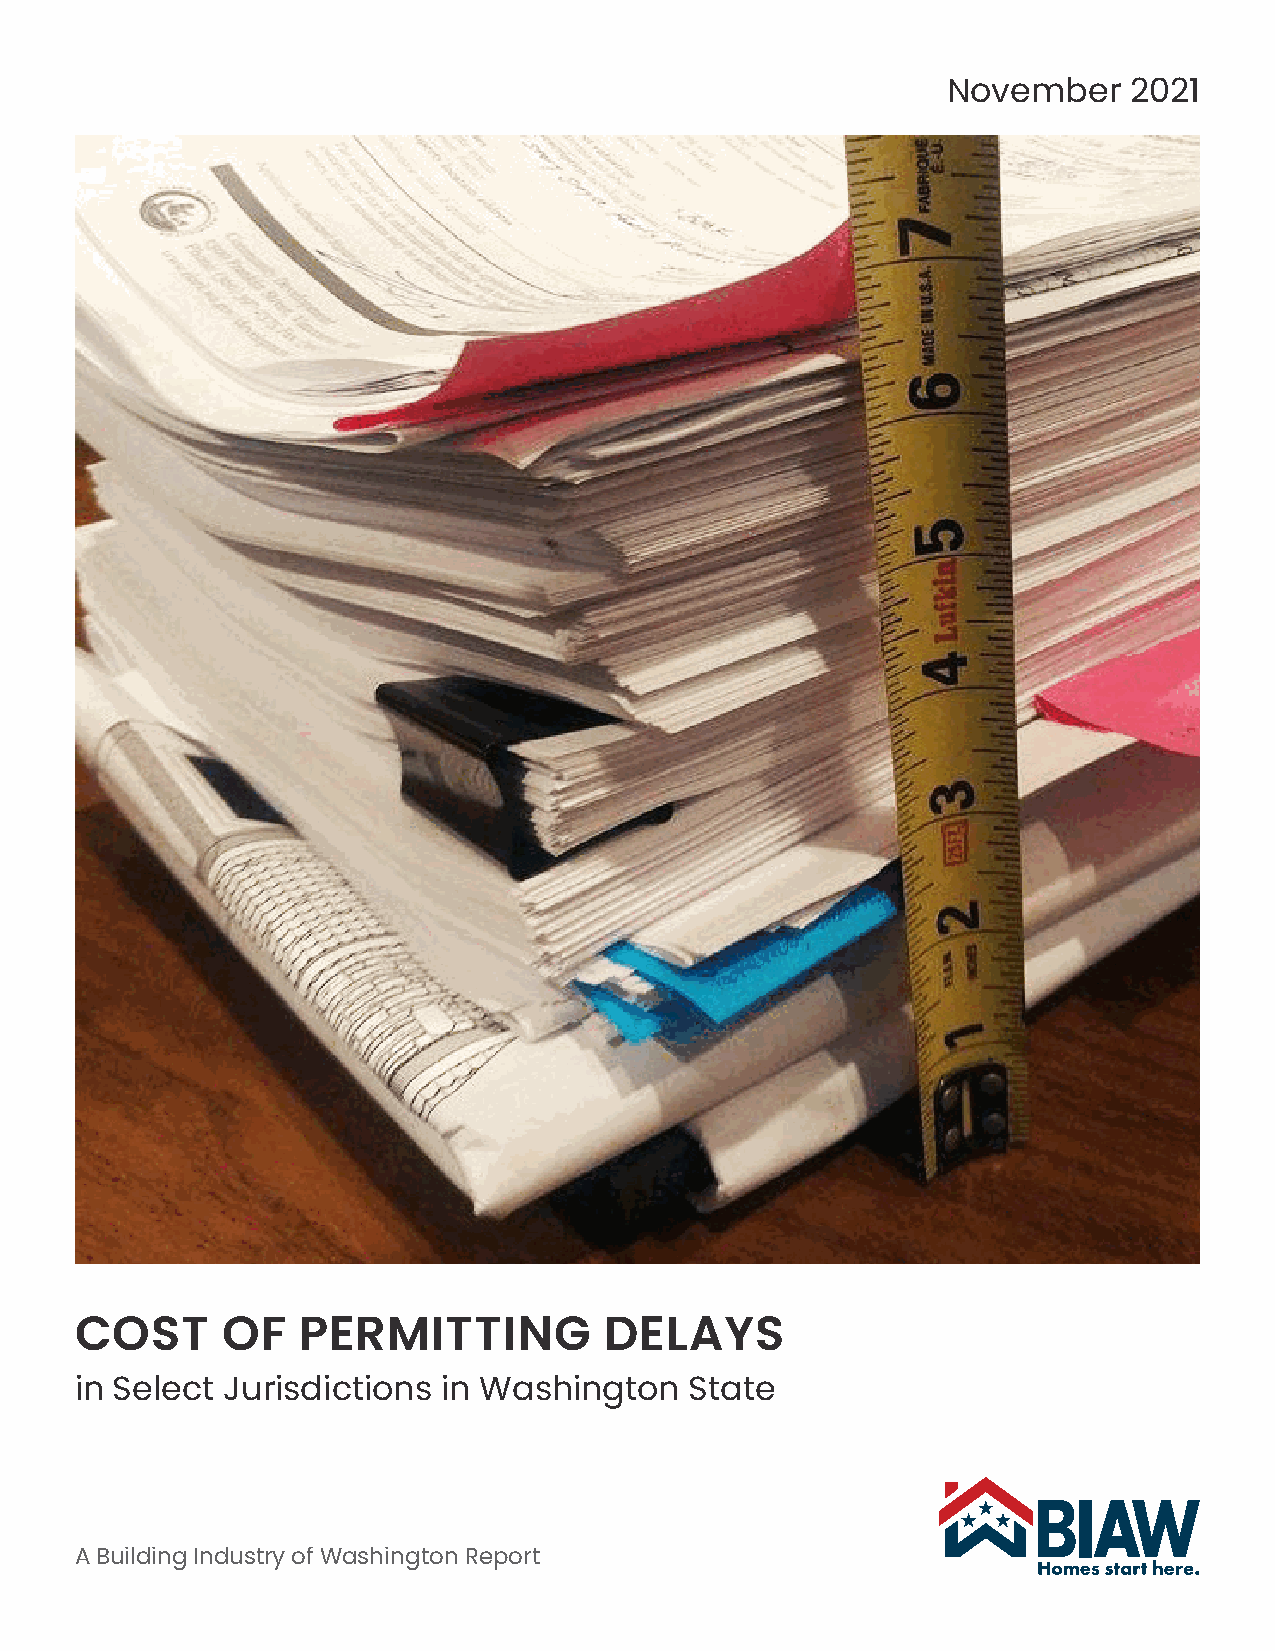
November    2021
 COST      OF   PERMITTING          DELAYS
 in Select Jurisdictions in Washington    State
 A Building Industry of Washington Report